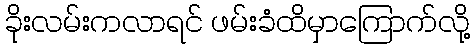
ခိုးလမ်းကလာရင် ဖမ်းခံထိမှာကြောက်လို့